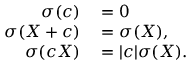
\begin{array} { r l } { \sigma ( c ) } & { { } = 0 } \\ { \sigma ( X + c ) } & { { } = \sigma ( X ) , } \\ { \sigma ( c X ) } & { { } = | c | \sigma ( X ) . } \end{array}